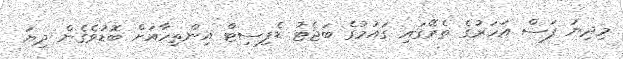
މިދިޔަ ފަސް އަހަރުގެ ތެރޭގައި ގައުމުގެ ބަޖެޓު ޑެފިސިޓް އިންތިހާއަށް ބޮޑުވެގެން ދިޔަ